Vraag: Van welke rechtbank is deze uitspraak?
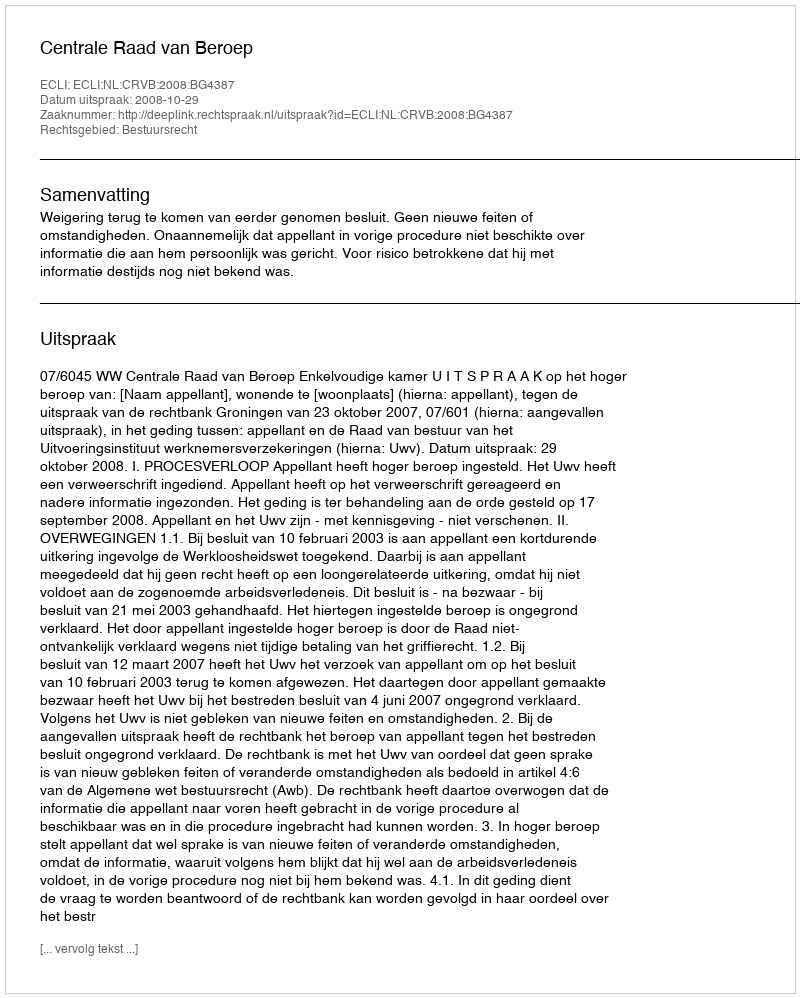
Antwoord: Centrale Raad van Beroep